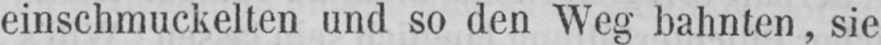
einschmuckelten und so den Weg bahnten, sie